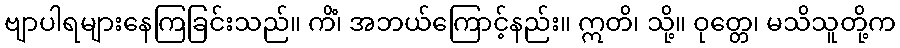
ဗျာပါရများနေကြခြင်းသည်။ ကိံ၊ အဘယ်ကြောင့်နည်း။ ဣတိ၊ သို့။ ဝုတ္တေ၊ မသိသူတို့က